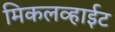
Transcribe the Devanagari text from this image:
मिकलव्हाईट